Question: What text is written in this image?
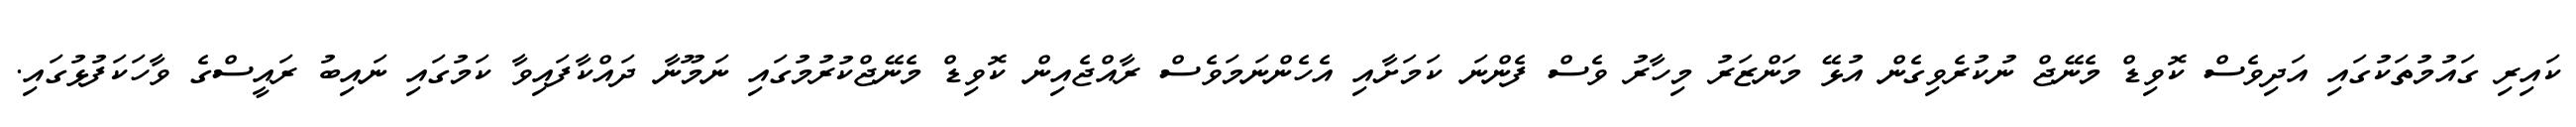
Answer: ކައިރި ގައުމުތަކުގައި އަދިވެސް ކޮވިޑް މެނޭޖް ނުކުރެވިގެން އުޅޭ މަންޒަރު މިހާރު ވެސް ފެންނަ ކަމަށާއި އެހެންނަމަވެސް ރާއްޖެއިން ކޮވިޑް މެނޭޖްކުރުމުގައި ނަމޫނާ ދައްކާފައިވާ ކަމުގައި ނައިބު ރައީސްގެ ވާހަކަފުޅުގައި.